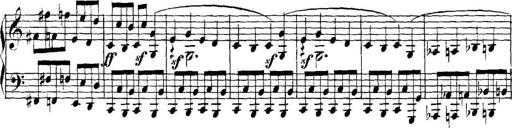
Title: Collected Piano Sonatas
Composer: Muzio Clementi